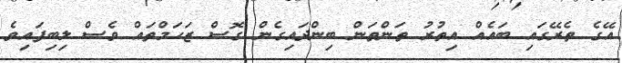
އޭގެ ތެރޭގައި ބައެއް އިތުރު ތަންތަން ބިންދައިގެން ގޮސް ޒަހަމްތައް ވެސް ލިބިފައިވެ